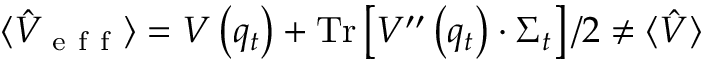
\langle \hat { V } _ { \mathrm { ~ e ~ f ~ f ~ } } \rangle = V \left( q _ { t } \right) + \operatorname { T r } \left[ V ^ { \prime \prime } \left( q _ { t } \right) \cdot \Sigma _ { t } \right] / 2 \neq \langle \hat { V } \rangle